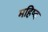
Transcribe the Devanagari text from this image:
महिष्द